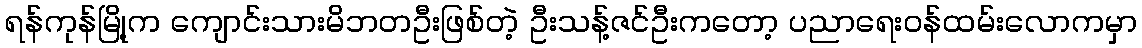
ရန်ကုန်မြို့က ကျောင်းသားမိဘတဦးဖြစ်တဲ့ ဦးသန့်ဇင်ဦးကတော့ ပညာရေးဝန်ထမ်းလောကမှာ